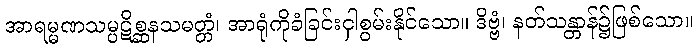
အာရမ္မဏသမ္ပဋိစ္ဆနသမတ္တံ၊ အာရုံကိုခံခြင်းငှါစွမ်းနိုင်သော။ ဒိဗ္ဗံ၊ နတ်သန္တာန်၌ဖြစ်သော။